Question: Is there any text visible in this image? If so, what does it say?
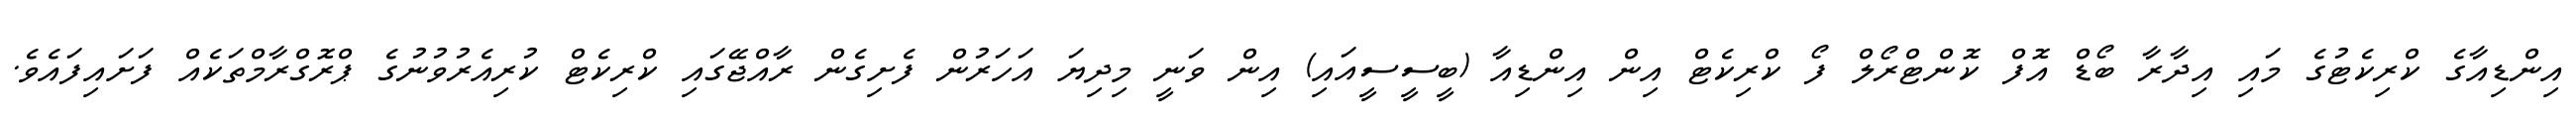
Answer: އިންޑިއާގެ ކްރިކެޓުގެ މައި އިދާރާ ބޯޑް އޮފް ކޮންޓްރޯލް ފޯ ކްރިކެޓް އިން އިންޑިއާ (ބީސީސީއައި) އިން ވަނީ މިދިޔަ އަހަރުން ފެށިގެން ރާއްޖޭގައި ކްރިކެޓް ކުރިއެރުވުނުގެ ޕްރޮގްރާމްތަކެއް ފަށައިފައެވެ.